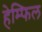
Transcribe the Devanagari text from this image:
हेम्फिल